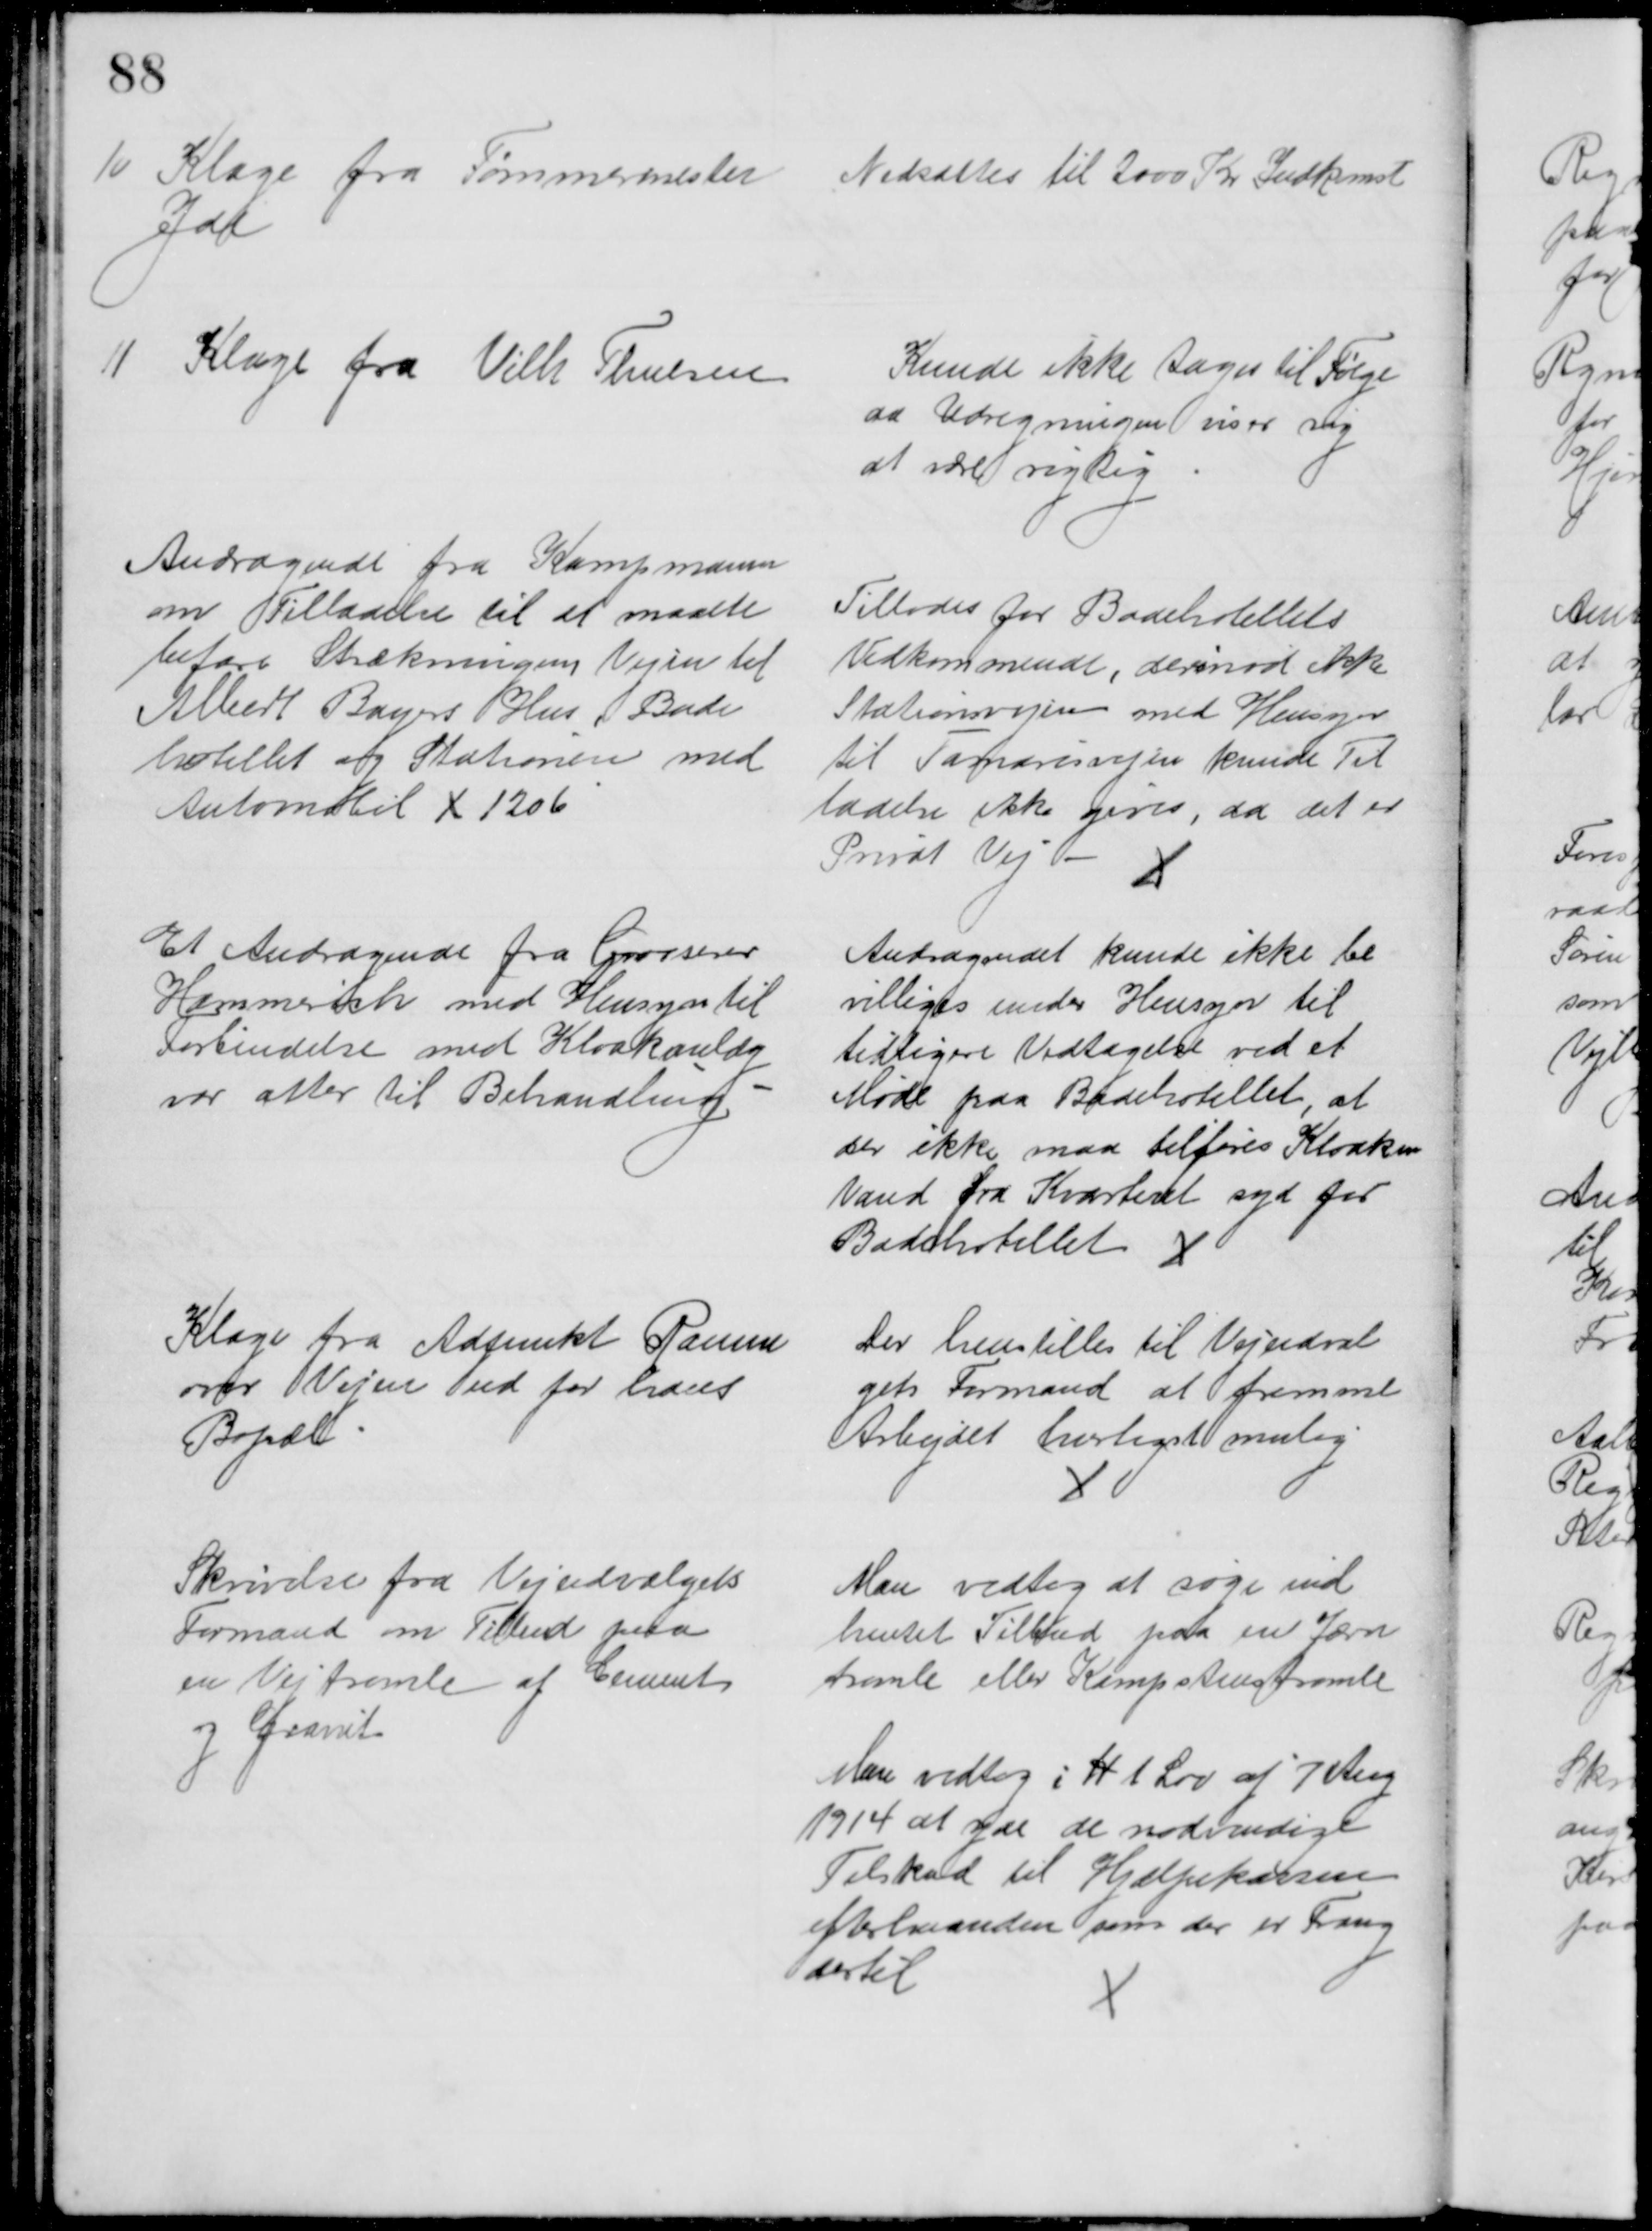
Transskription:
10 Klage fra Tømmermester
Jad
Nedsættes til 2000 Kr Indkomst
11 Klage fra Vilh Thuesen
Kunde ikke tages til Følge
da Udregningen viser sig 
at være rigtig
Andragende fra Kampmann
om Tilladelse til at maatte
befare Strækningen Vejen til
Albert Bayers Hus, Bade
hotellet og Stationen med
Automobil X 1206
Tillodes for Badehotellets
Vedkommende, derimod ikke
Stationsvejen med Hensyn
til Tamarisvejen kunde Til
ladelse ikke gives, da det er 
Privat Vej 
Et Andragende fra Grosserer
Hammerich med Hensyn til
Forbindelse med Kloakanlæg
var atter til Behandling.
Andragendet kunde ikke be
villiges under Hensyn til
tidligere Vedtagelse ved et 
Møde paa Badehotellet, at 
der ikke maa tilføres Kloaken
Vand fra Kvarteret syd for
Badehotellet 
Klage fra Adjunkt Ramm
over Vejen ud for hans
Bopæl
Der henstilles til Vejudval
gets Formand at fremme
Arbejdet hurtigst mulig
Skrivelse fra Vejudvalgets
Formand om Tilbud paa
en Vejtromle af Cement
og Granit
Man vedtog at søge ind
hentet Tilbud paa en Jærn
tromle eller Kampestenstromle
Man vedtog i H t Lov af 7 Aug
1914 at yde de nødvendige
Tilskud til Hjælpekassen
efterhaanden som der er Trang
dertil